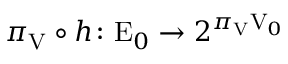
\pi _ { \mathrm { V } } \circ h \colon \mathrm { E } _ { 0 } \rightarrow 2 ^ { \pi _ { \mathrm { V } } \mathrm { V } _ { 0 } }